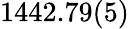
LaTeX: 1442.79(5)